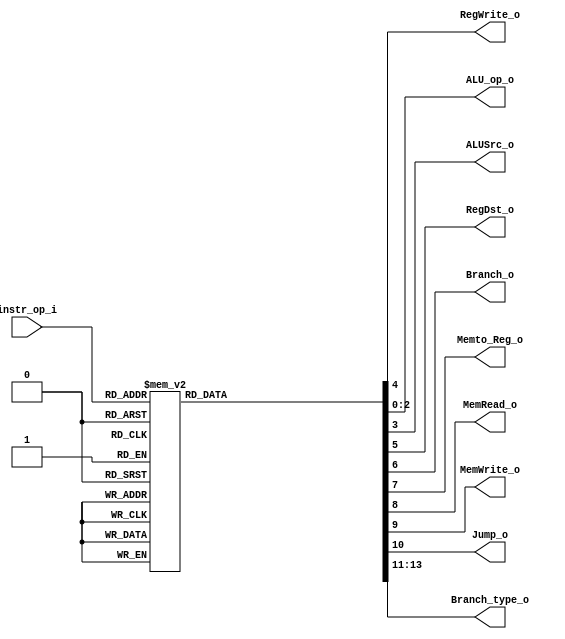
//Subject:     CO project 2 - Decoder
//--------------------------------------------------------------------------------
//Version:     1
//--------------------------------------------------------------------------------
//Writer:      0516223
//----------------------------------------------
//Date:        
//----------------------------------------------
//Description: 
//--------------------------------------------------------------------------------

module Decoder(
    instr_op_i,
	RegWrite_o,
	ALU_op_o,
	ALUSrc_o,
	RegDst_o,
	Branch_o,
	Memto_Reg_o,
	MemRead_o,
	MemWrite_o,
	Jump_o, 
	Branch_type_o
	);
     
//I/O ports
input  [6-1:0] instr_op_i;

output         RegWrite_o;
output [3-1:0] ALU_op_o;
output         ALUSrc_o;
output         RegDst_o;
output         Branch_o;
output         Memto_Reg_o;
output         MemRead_o;
output         MemWrite_o;
output         Jump_o;
output [3-1:0] Branch_type_o;


//Internal Signals
reg    [3-1:0] ALU_op_o;
reg            ALUSrc_o;
reg            RegWrite_o;
reg            RegDst_o;
reg            Branch_o;
reg            Memto_Reg_o;
reg            MemRead_o;
reg            MemWrite_o;
reg            Jump_o;
reg    [3-1:0] Branch_type_o;
//Parameter


//Main function
always @( * ) begin
	case (instr_op_i)
	0: //R-type+jr
		begin
        ALU_op_o <= 3'b010;
        ALUSrc_o <= 1'b0;
        RegWrite_o <= 1'b1;
        RegDst_o <= 1'b1;
        Branch_o <= 1'b0;
        Memto_Reg_o <= 1'b0;
        MemRead_o <= 1'b0;
        MemWrite_o <= 1'b0;
        Jump_o <= 1'b0;
        Branch_type_o <= 3'b000;
		end
	1: //bltz
	   begin
        ALU_op_o <= 3'b001;
        ALUSrc_o <= 1'b0;
        RegWrite_o <= 1'b0;
        RegDst_o <= 1'b0;
        Branch_o <= 1'b1;
        Memto_Reg_o <= 1'b0;
        MemRead_o <= 1'b0;
        MemWrite_o <= 1'b0;
        Jump_o <= 1'b0;
        Branch_type_o <= 3'b101;
        end
	2: //jump	
	   begin
	   ALU_op_o <= 3'b000;
       ALUSrc_o <= 1'b0;
       RegWrite_o <= 1'b0;
       RegDst_o <= 1'b0;
       Branch_o <= 1'b0;
       Memto_Reg_o <= 1'b0;
       MemRead_o <= 1'b0;
       MemWrite_o <= 1'b0;
       Jump_o <= 1'b1;
       Branch_type_o <= 3'b000;
	   end
	3: //jal	
	   begin
	   ALU_op_o <= 3'b000;
       ALUSrc_o <= 1'b0;
       RegWrite_o <= 1'b1;
       RegDst_o <= 1'b0;
       Branch_o <= 1'b0;
       Memto_Reg_o <= 1'b0;
       MemRead_o <= 1'b0;
       MemWrite_o <= 1'b0;
       Jump_o <= 1'b1;
       Branch_type_o <= 3'b000;
	   end
	4: //Branch equal beq
		begin
		ALU_op_o <= 3'b110;
		ALUSrc_o <= 1'b0;
		RegWrite_o <= 1'b0;
		RegDst_o <= 1'b0; //X
		Branch_o <= 1'b1;
		Memto_Reg_o <= 1'b0;
        MemRead_o <= 1'b0;
        MemWrite_o <= 1'b0;
        Jump_o <= 1'b0;
        Branch_type_o <= 3'b001;
		end
	5: // Bne & Bnez
		begin
		ALU_op_o <= 3'b110;
		ALUSrc_o <= 1'b0;
		RegWrite_o <= 1'b0;
		RegDst_o <= 1'b0; //X
		Branch_o <= 1'b1;
		Memto_Reg_o <= 1'b0;
        MemRead_o <= 1'b0;
        MemWrite_o <= 1'b0;
        Jump_o <= 1'b0;
        Branch_type_o <= 3'b010;
		end
	6: //ble
	   begin
            ALU_op_o <= 3'b001;
            ALUSrc_o <= 1'b0;
            RegWrite_o <= 1'b0;
            RegDst_o <= 1'b0; //X
            Branch_o <= 1'b1;
            Memto_Reg_o <= 1'b0;
            MemRead_o <= 1'b0;
            MemWrite_o <= 1'b0;
            Jump_o <= 1'b0;
            Branch_type_o <= 3'b011;
        end
	8: //Addi
		begin
		ALU_op_o <= 3'b000;
		ALUSrc_o <= 1'b1;
		RegWrite_o <= 1'b1;
		RegDst_o <= 1'b0;
		Branch_o <= 1'b0;
		Memto_Reg_o <= 1'b0;
        MemRead_o <= 1'b0;
        MemWrite_o <= 1'b0;
        Jump_o <= 1'b0;
        Branch_type_o <= 3'b000;
		end
	11: //Slt on than immediate unsigned
		begin
		ALU_op_o <= 3'b001;
		ALUSrc_o <= 1'b1;
		RegWrite_o <= 1'b1;
		RegDst_o <= 1'b0;
		Branch_o <= 1'b0;
		Memto_Reg_o <= 1'b0;
        MemRead_o <= 1'b0;
        MemWrite_o <= 1'b0;
        Jump_o <= 1'b0;
        Branch_type_o <= 3'b000;
		end
	13: // Or immediate
		begin
		ALU_op_o <= 3'b100;
		ALUSrc_o <= 1'b1;
		RegWrite_o <= 1'b1;
		RegDst_o <= 1'b0;
		Branch_o <= 1'b0;
		Memto_Reg_o <= 1'b0;
        MemRead_o <= 1'b0;
        MemWrite_o <= 1'b0;
        Jump_o <= 1'b0;
        Branch_type_o <= 3'b000;
		end
	15: //Load upper immediate lui 	(has change to li load imm)
	       begin
            ALU_op_o <= 3'b000;
            ALUSrc_o <= 1'b1;
            RegWrite_o <= 1'b1;
            RegDst_o <= 1'b0;
            Branch_o <= 1'b0;
            Memto_Reg_o <= 1'b0;
            MemRead_o <= 1'b0;
            MemWrite_o <= 1'b0;
            Jump_o <= 1'b0;
            Branch_type_o <= 3'b000;
            end
		/*begin
		ALU_op_o <= 3'b011;
		ALUSrc_o <= 1'b1;
		RegWrite_o <= 1'b1;
		RegDst_o <= 1'b0;
		Branch_o <= 1'b0;
		Memto_Reg_o <= 1'b0;
        MemRead_o <= 1'b0;
        MemWrite_o <= 1'b0;
        Jump_o <= 1'b0;
        Branch_type_o <= 3'b000;
		end*/
    35: //load word
        begin
        ALU_op_o <= 3'b101;
        ALUSrc_o <= 1'b1;
        RegWrite_o <= 1'b1;
        RegDst_o <= 1'b0;
        Branch_o <= 1'b0;
        Memto_Reg_o <= 1'b1;
        MemRead_o <= 1'b1;
        MemWrite_o <= 1'b0;
        Jump_o <= 1'b0;
        Branch_type_o <= 3'b000;
        end
    43: //save word
        begin
        ALU_op_o <= 3'b101;
        ALUSrc_o <= 1'b1;
        RegWrite_o <= 1'b0;
        RegDst_o <= 1'b0;
        Branch_o <= 1'b0;
        Memto_Reg_o <= 1'b0;
        MemRead_o <= 1'b0;
        MemWrite_o <= 1'b1;
        Jump_o <= 1'b0;
        Branch_type_o <= 3'b000;
        end
	 default:
		begin
		ALU_op_o <= 3'b000;
		ALUSrc_o <= 1'b0;
		RegWrite_o <= 1'b0;
		RegDst_o <= 1'b0;
		Branch_o <= 1'b0;
		Memto_Reg_o <= 1'b0;
        MemRead_o <= 1'b0;
        MemWrite_o <= 1'b0;
        Jump_o <= 1'b0;
        Branch_type_o <= 3'b000;
		end
	endcase
end

endmodule